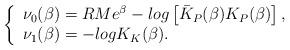
LaTeX: \begin{align*}\left\{ \begin{array}{l}\nu _{0}(\beta )=RMe^{\beta }-log\left[ \bar{K}_{P}(\beta )K_{P}(\beta)\right] , \\ \nu _{1}(\beta )=-logK_{K}(\beta ).\end{array}\right.\end{align*}